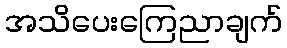
အသိပေးကြေညာချက်